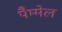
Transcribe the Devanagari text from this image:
पैम्मेल